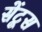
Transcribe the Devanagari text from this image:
सेंटूस